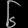
Digit: ၆